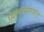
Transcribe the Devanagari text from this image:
ध्यानस्थरूपांत